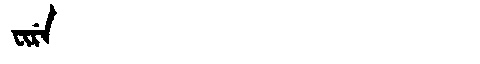
Manchu: ᠸᡳᡵᡝ
Romanization: FIRE